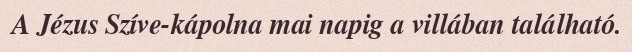
A Jézus Szíve-kápolna mai napig a villában található.